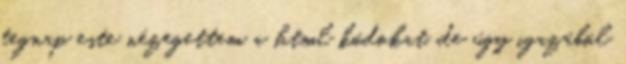
tegnap este nézegettem a html kódokat, de úgy igazából